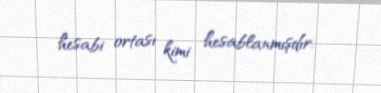
hesabi ortası kimi hesablanmışdır.